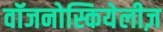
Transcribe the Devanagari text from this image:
वॉजनोस्कियेलीज़